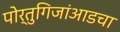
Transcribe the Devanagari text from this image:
पोर्तुगिजांआडचा